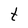
Character: t